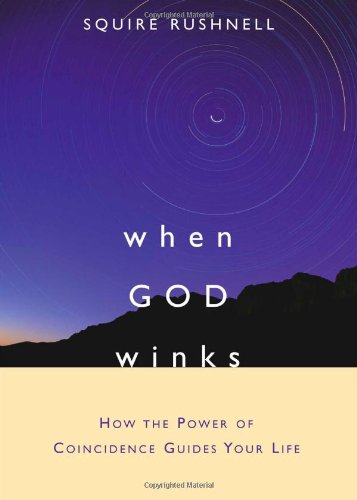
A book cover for When GOD Winks: How the Power of Coincidence Guides Your Life; SQuire Rushnell; Self-Help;